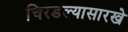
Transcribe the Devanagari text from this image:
चिरडल्यासारखे